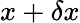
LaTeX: x+\delta x